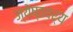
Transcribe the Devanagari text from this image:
ज्येष्ठवर्य